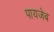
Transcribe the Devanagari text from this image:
पायजेब